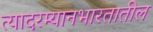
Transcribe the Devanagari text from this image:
त्यादरम्यानभारतातील